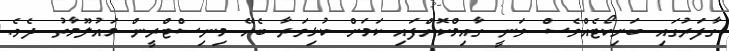
ގާފަރުގައި ބަށިކޯޓެއްވެސް ވަނީ ގާއިމްކޮށްފައި ކަމަށް ކުޅިވަރާ ބެހޭ މިނިސްޓްރީން މައުލޫމާތު ދެެވެ.